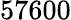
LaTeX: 57600